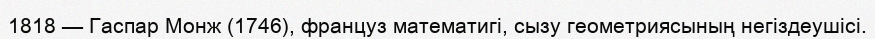
1818 — Гаспар Монж (1746), француз математигі, сызу геометриясының негіздеушісі.